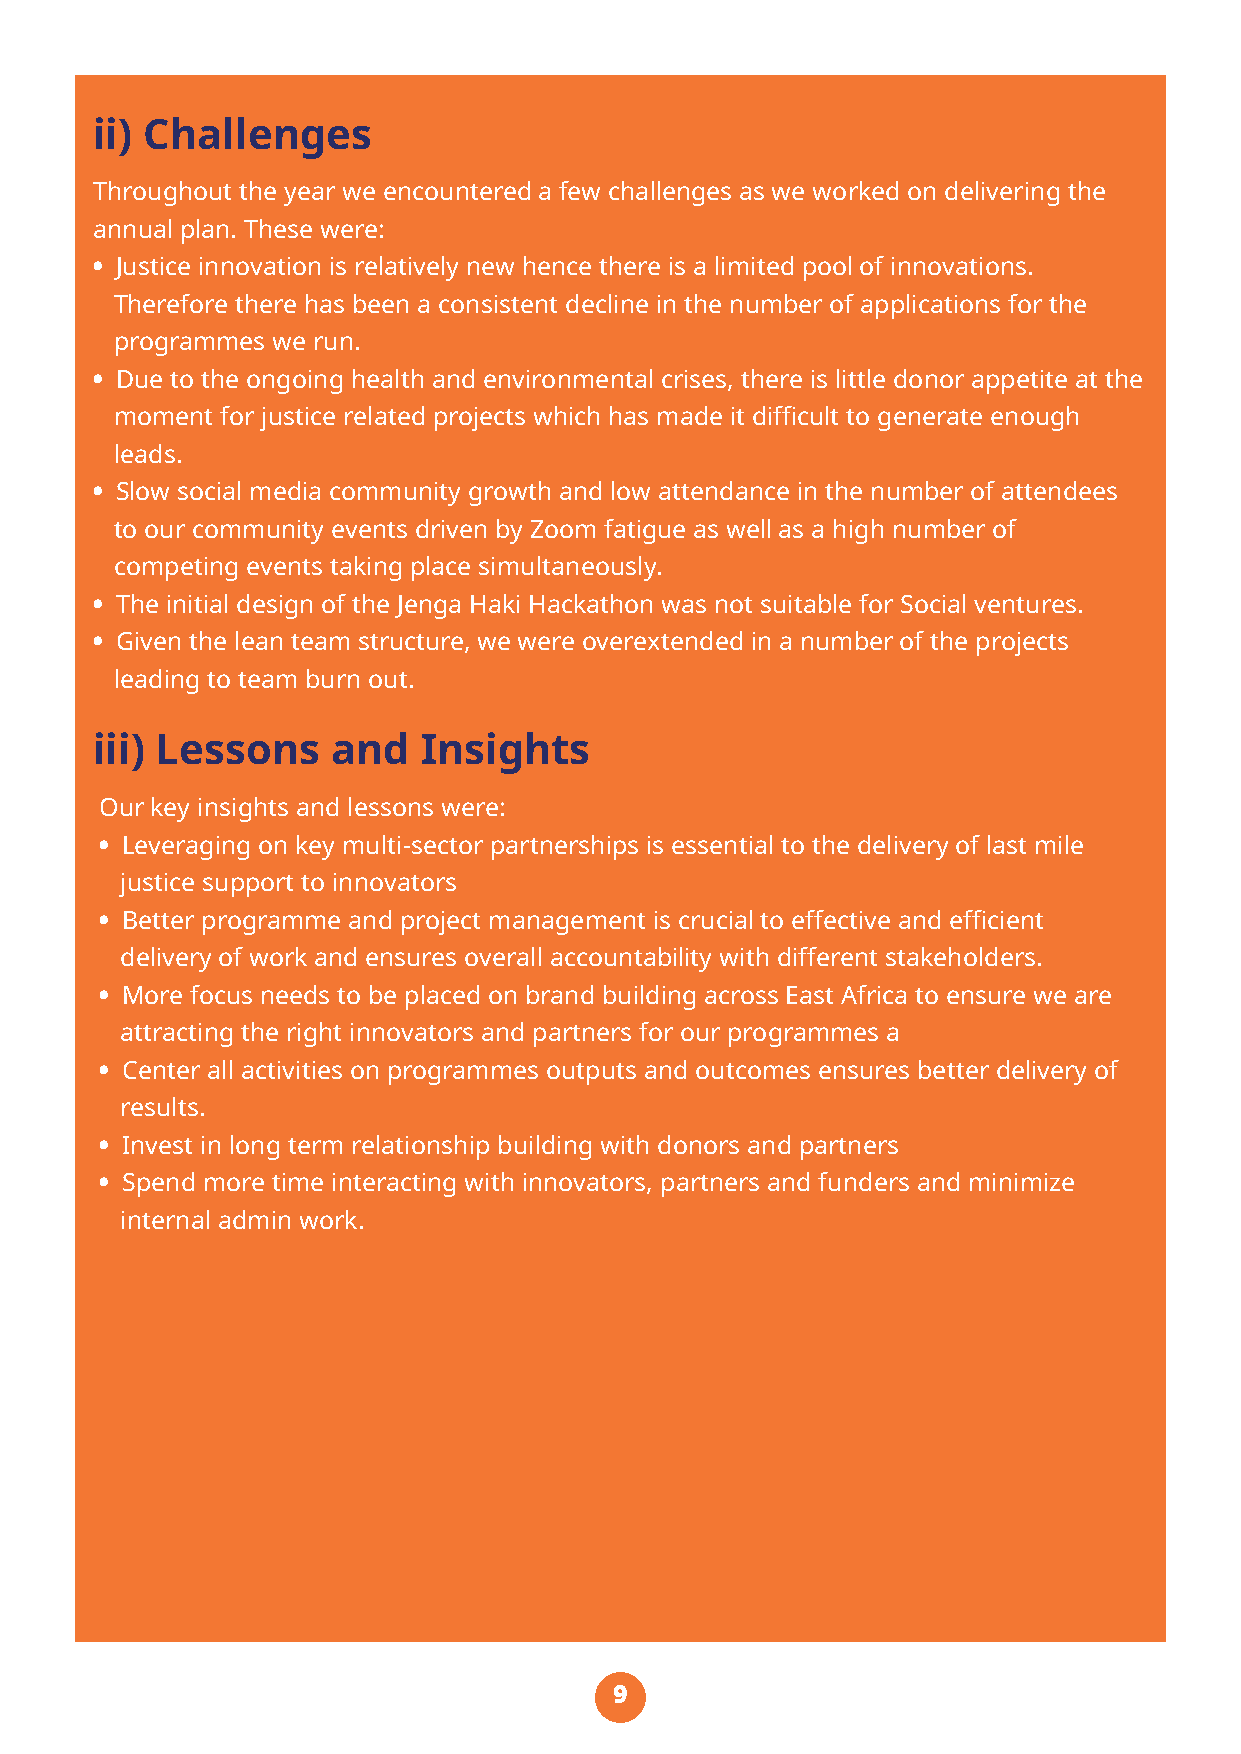
ii) Challenges
 Throughout the year we encountered a few challenges as we worked on delivering the
 annual plan. These were:
 • Justice innovation is relatively new hence there is a limited pool of innovations.
 Therefore there has been a consistent decline in the number of applications for the
 programmes we run.
 • Due to the ongoing health and environmental crises, there is little donor appetite at the
 moment for justice related projects which has made it difficult to generate enough
 leads.
 • Slow social media community growth and low attendance in the number of attendees
 to our community events driven by Zoom fatigue as well as a high number of
 competing events taking place simultaneously.
 • The initial design of the Jenga Haki Hackathon was not suitable for Social ventures.
 • Given the lean team structure, we were overextended in a number of the projects
 leading to team burn out.
 iii) Lessons    and   Insights
 Our key insights and lessons were:
 • Leveraging on key multi-sector partnerships is essential to the delivery of last mile
 justice support to innovators
 • Better programme and project management is crucial to effective and efficient
 delivery of work and ensures overall accountability with different stakeholders.
 • More focus needs to be placed on brand building across East Africa to ensure we are
 attracting the right innovators and partners for our programmes a
 • Center all activities on programmes outputs and outcomes ensures better delivery of
 results.
 • Invest in long term relationship building with donors and partners
 • Spend more time interacting with innovators, partners and funders and minimize
 internal admin work.
 9